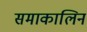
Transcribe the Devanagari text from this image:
समाकालिन